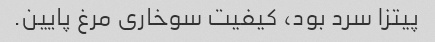
پیتزا سرد بود، کیفیت سوخاری مرغ پایین.